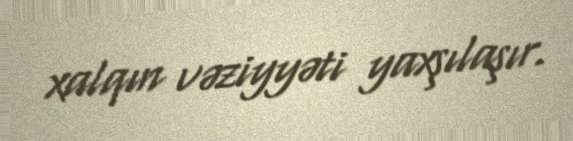
xalqın vəziyyəti yaxşılaşır.